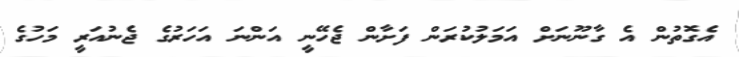
އެގޮތުން އެ ގާނޫނަށް އަމަލުކުރަން ފަށާން ޖެހޭނީ އަންނަ އަހަރުގެ ޖެނުއަރީ މަހުގެ